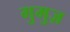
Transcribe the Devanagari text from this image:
गुमुज़